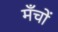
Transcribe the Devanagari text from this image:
मँचों